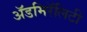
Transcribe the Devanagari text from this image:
ॲडमिरॅलिटी